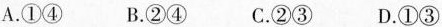
A.①④ B.②④ C.②③D.①③